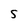
Character: S